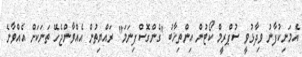
އެމަނިކުފާނު ވިދާޅުވީ ސުޕްރީމް ކޯޓުން އިންތިޚާބު "ގެންގޮސްފިނަމަ" ރައްޔިތުން އެއްވާންޖެހޭ ތަނަކަށް އެއްވާނެ